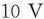
10V